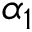
\alpha _ { 1 }